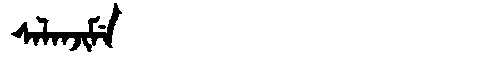
Manchu: ᠰᠠᠯᠠᠨᠵᡳᠮᡝ
Romanization: SALANJIME